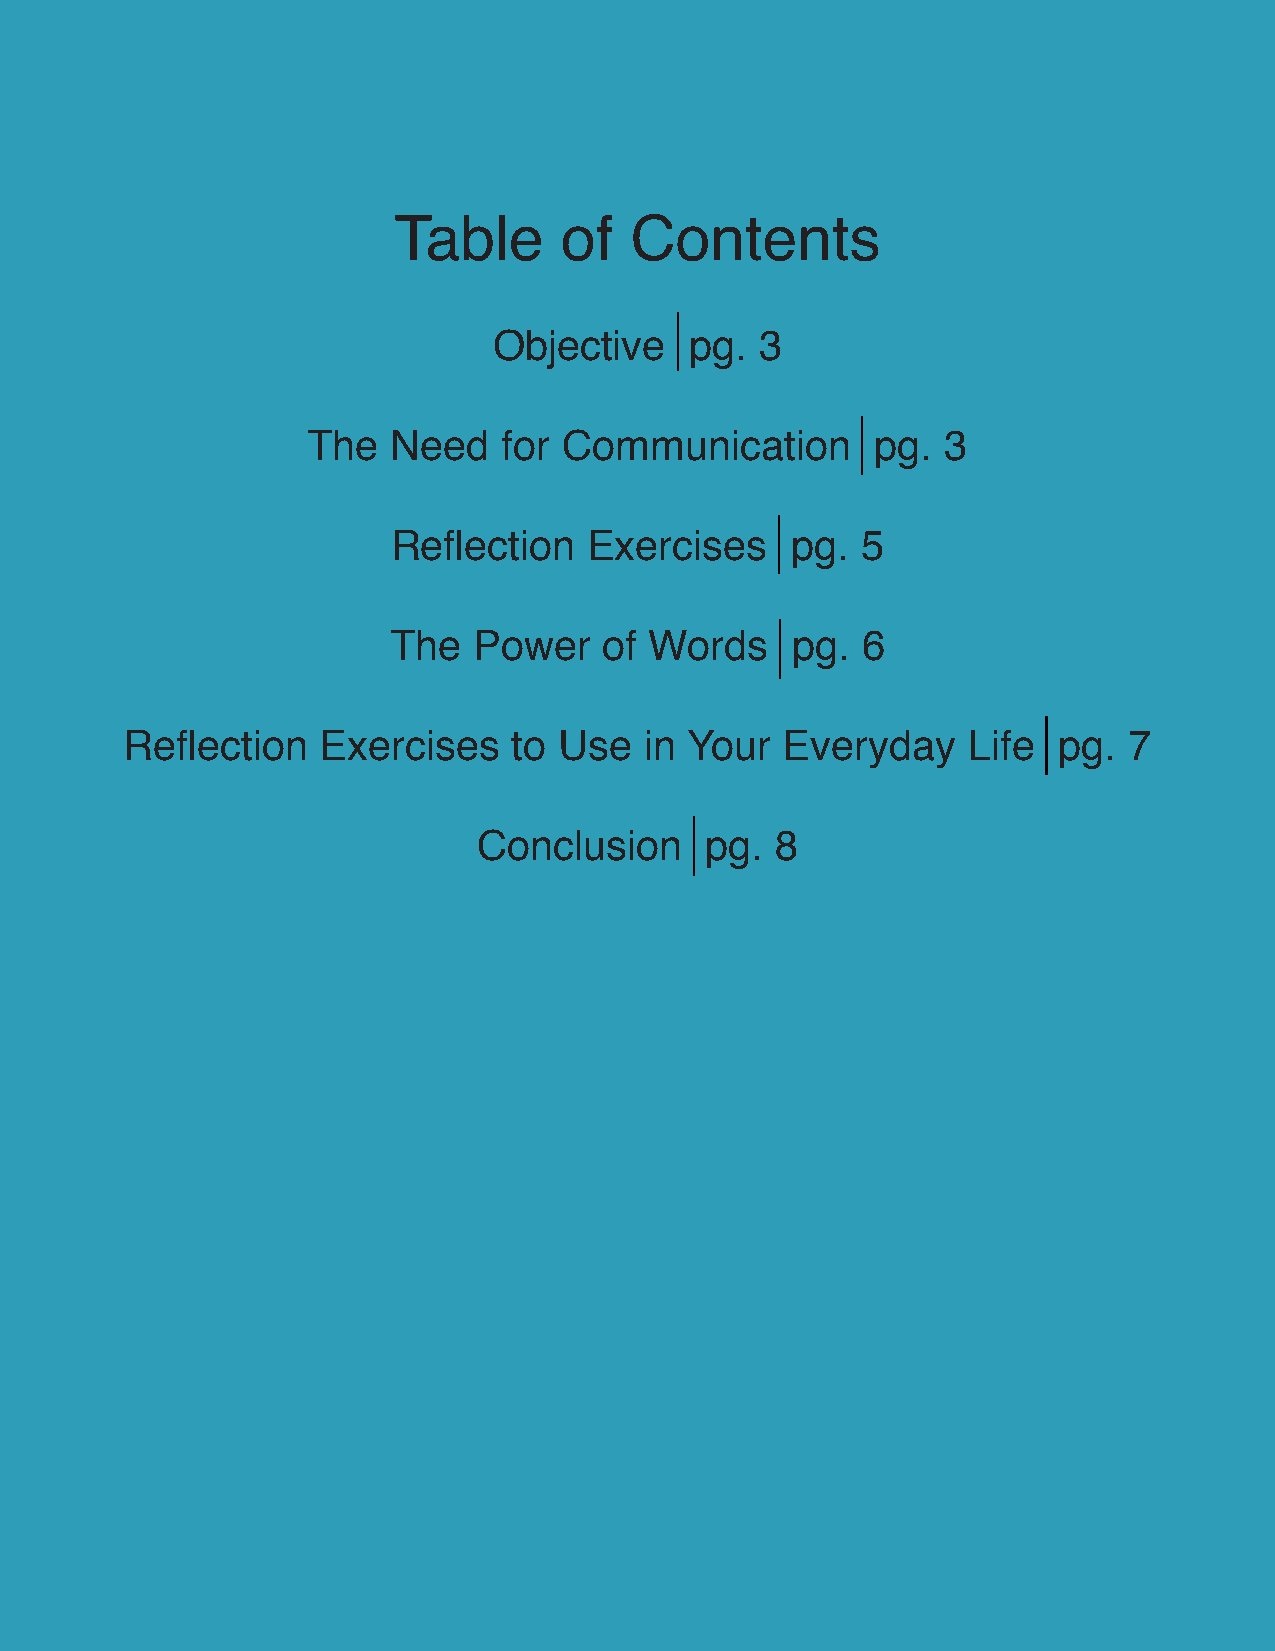
Table      of   Contents
 Objective    pg. 3
 The   Need   for Communication        pg.  3
 Reflection   Exercises    pg.  5
 The  Power    of Words    pg.  6
 Reflection   Exercises    to Use   in Your  Everyday    Life  pg.  7
 Conclusion     pg. 8